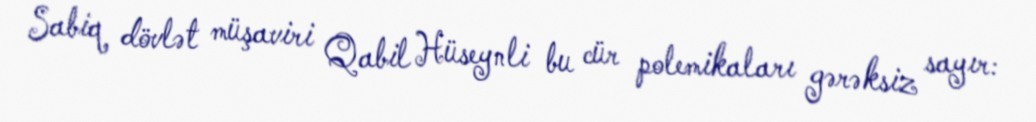
Sabiq dövlət müşaviri Qabil Hüseynli bu cür polemikaları gərəksiz sayır: